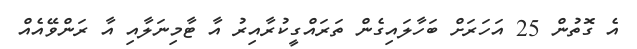
އެ ގޮތުން 25 އަހަރަށް ބަހާލައިގެން ތަރައްގީކުރާއިރު އާ ޓާމިނަލާއި އާ ރަންވޭއެއް